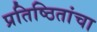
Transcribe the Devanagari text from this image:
प्रतिष्ठितांचा